Report on vaccination in Madras 1895-1903 - 1895-1903
Year: 1895
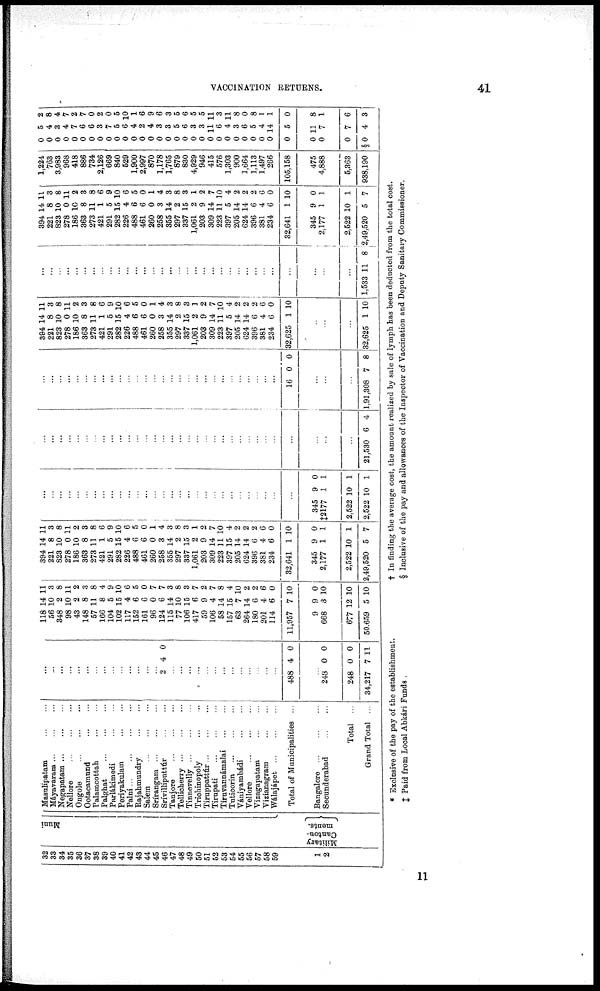
VACCINATION RETURNS.
41
32
33
34
35
36
37
38
39
40
41
42
43
44
45
46
47
48
49
50
51
52
53
54
55
56
57
58
59
1
2
Muni
Military
Canton-
ments.
Masulipatam
...
...
Máyavaram
...
...
...
Negapatam
...
...
...
Nellore
...
...
...
Ongole
...
...
...
Ootacamund
...
...
Palamcottah
...
...
Palghat
...
...
...
Parlákimedi
...
...
Periyakulam
...
...
Palni
...
...
...
...
Rajahmundry
...
...
Salem
...
...
...
Srírangam
...
...
...
Srívilliputtúr
...
...
Tanjore
...
...
...
Tellicherry
...
...
...
Tinnevelly
...
...
...
Trichinopoly
...
...
Tiruppattúr
...
...
...
Tirupati
...
...
...
Tiruvanuámalai
...
...
Tuticorin
...
...
...
Vániyambádi
...
...
Vellore
...
...
...
Vizagapatam
...
...
Vizianagram
...
...
Wálajápet
...
...
...
Total of Municipalities ...
Bangalore
...
...
...
Secunderabad
...
...
Total ...
Grand Total ...
...
...
...
...
...
...
...
...
...
...
...
...
...
...
2 4 0
...
...
...
...
...
...
...
...
...
...
...
...
...
488 4 0
...
248
248
34,217
0
0
7
0
0
11
118
56
348
98
43
148
57
166
104
102
117
152
161
96
124
115
77
106
417
59
106
58
157
63
264
180
201
114
11,957
9
668
677
50,659
14
10
2
10
2
8
11
8
5
15
4
6
6
0
6
14
10
15
6
9
4
14
15
7
14
6
4
6
7
9
3
12
5
11
3
8
11
2
3
8
4
9
10
6
5
0
7
7
3
8
3
7
2
7
8
4
10
2
2
6
0
10
0
10
10
10
394
221
823
278
186
363
273
421
291
282
226
488
461
260
258
355
297
337
1,061
203
309
223
397
205
624
396
381
234
32,641
345
2,177
2,522
3,49,520
14
8
10
0
10
8
11
1
5
15
4
6
6
0
3
14
2
15
2
9
14
11
15
14
14
6
4
6
1
9
1
10
5
11
3
8
11
2
3
8
6
9
10
6
5
0
1
4
3
8
3
1
2
7
10 4
2
2
2
6
0
10
0
1
1
7
...
...
...
...
...
...
...
...
...
...
...
...
...
...
...
...
... ...
...
...
...
...
...
...
...
...
...
...
...
345
‡2177
2,522
2,522
9
1
10
10
0
1
1
1
...
...
...
...
...
...
...
...
...
...
...
...
...
...
...
...
...
...
...
...
...
...
...
...
...
...
...
...
...
...
...
...
21,530 6 4
...
...
...
...
...
...
...
...
...
...
...
...
...
...
...
...
...
...
...
...
...
...
...
...
...
...
...
...
16 0 0
...
...
...
1,91,308 7 8
394
221
823
278
186
363
273
421
291
282
226
488
461
260
258
355
297
337
1,061
203
309
223
397
205
624
396
381
234
32,625
14
8
10
0
10
8
11
1
5
15
4
6
6
0
3
14
2
15
2
9
14
11
5
14
14
6
4
6
1
11
3
8
11
2
3
8
6
9
10
6
5
0
1
4
3
8
3
1
2
7
10
4
2
2
2 6
0
10
...
...
...
32,625 1 10
...
...
...
...
...
...
...
...
...
...
...
...
...
...
...
...
...
...
...
...
...
...
...
...
...
...
...
...
...
...
...
...
1,533 11 8
394
221
823
278
186
363
273
421
291
282
226
488
461
260
258
355
297
337
1,061
203
309
223
397
205
624
396
381
234
32,641
345
2,177
2,522
2,49,520
14
8
10
0
10
8
11
1
5
15
4
6
6
0
3
14
2
15
2
9
14
11
5
14
14
6
4
6
1
9
1
10
5
11
3
8
11
2
3
8
6
9
10
6
5
0
1
4
3
8
3
1
2
7
10
4
2
2
2
6
0
10
0
1
1
7
1,224
763
3,983
968
418
886
734
2,126
669
840
529
1,900
2,997
870
1,178
1,765
879
830
4,929
946
415
576
1,303
900
1,664
1,113
1,497
266
105,158
475
4,888
5,363
938,190
0
0
0
0
0
0
0
0
0
0
0
0
0
0
0
0
0
0
0
0
0
0
0
0
0
0
0
0
0
0
0
0
§0
5
4
3
4
7
6
6
3
7
5
6
4
2
4
3
3
5
6
3
3
11
6
4
3
6
5
4
14
5
11
7
7
4
2
8
4
7
2
7
0
2
0
5
10
1
6
9
6
3
5
6
5
5
11
3
11
8
0
8
1
1
0
8
1
6
3
* Exclusive of the pay of the establishment.
† In finding the average cost, the amount realized by sale of lymph has been deducted from the total cost.
‡ Paid from Local Abkári Funds.
§ Inclusive of the pay and allowances of the Inspector of Vaccination and Deputy Sanitary Commissioner.
11